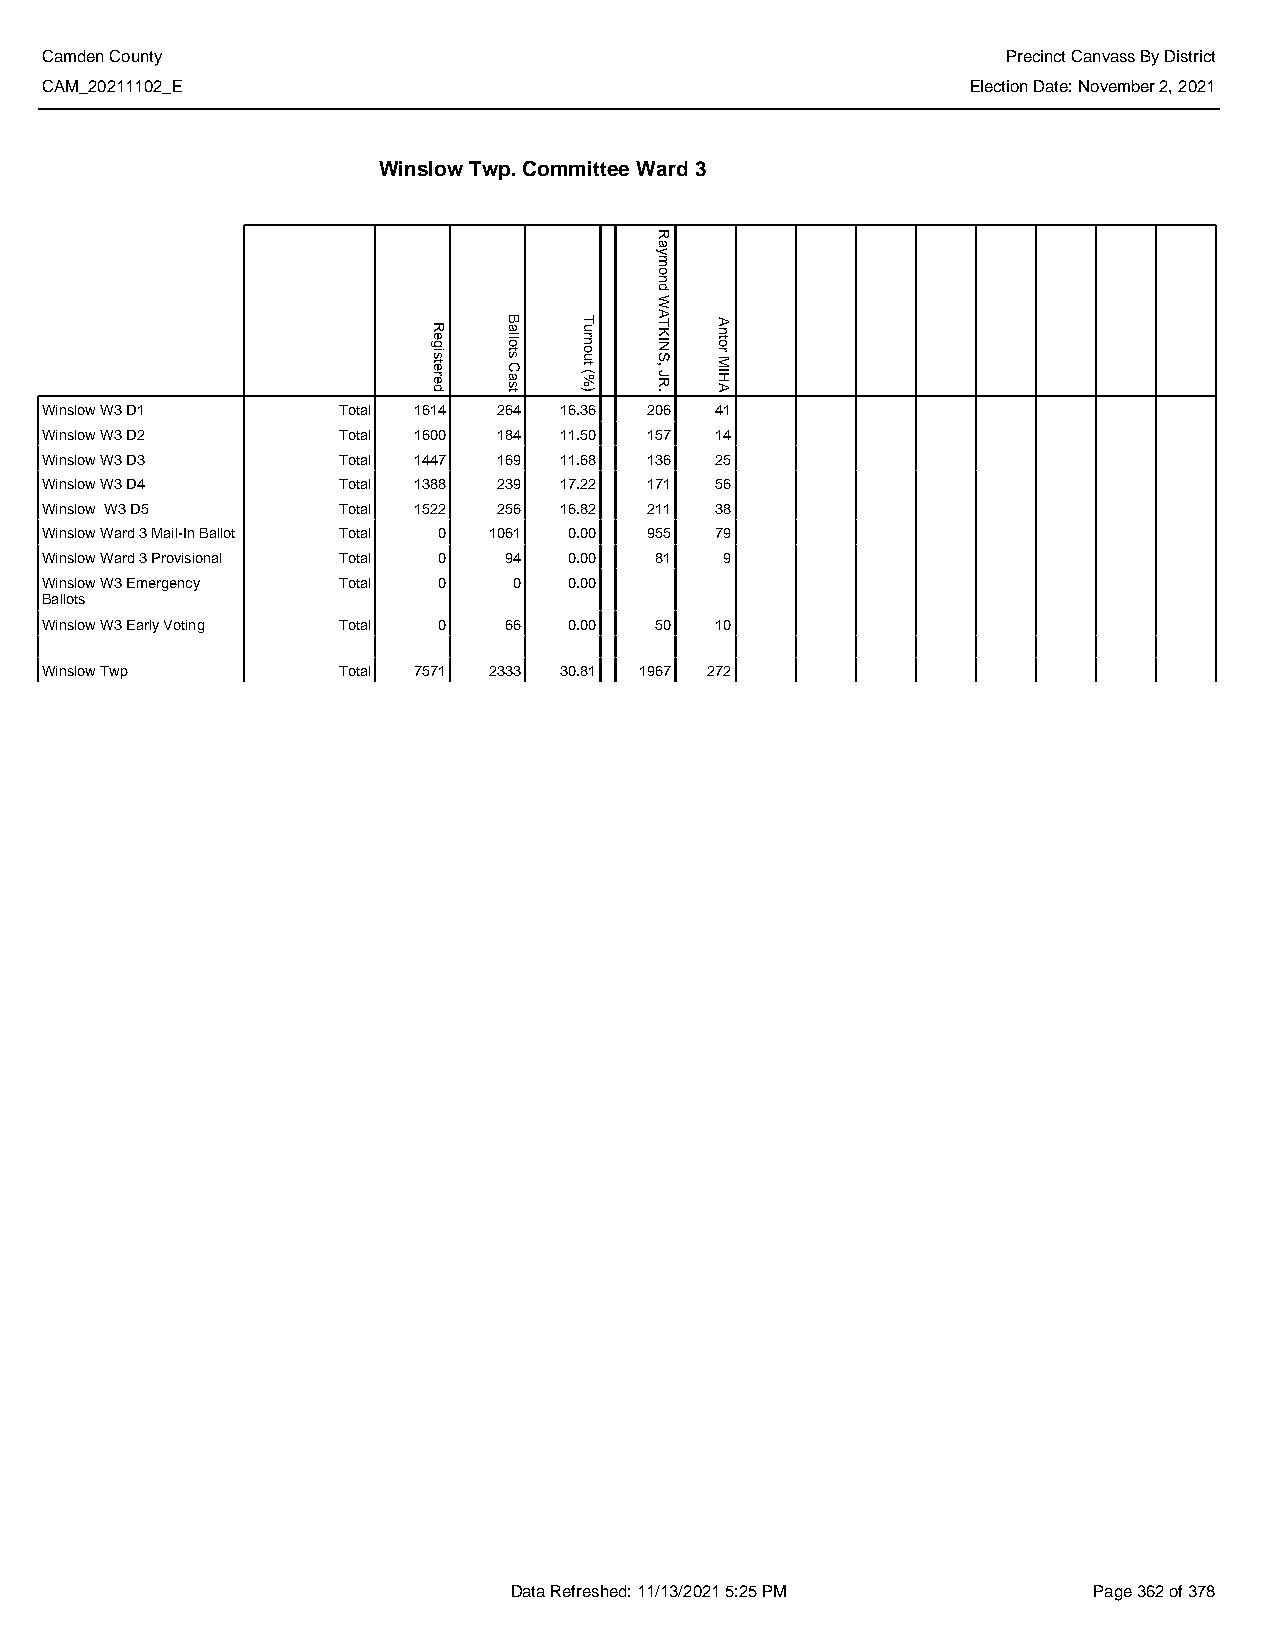
Camden County                                                   Precinct Canvass By District
 CAM_20211102_E                                               Election Date: November 2, 2021
 Winslow Twp. Committee Ward 3
 Winslow W3 D1      Total 1614 264 16.36 206 41
 Winslow W3 D2      Total 1600 184 11.50 157 14
 Winslow W3 D3      Total 1447 169 11.68 136 25
 Winslow W3 D4      Total 1388 239 17.22 171 56
 Winslow W3 D5      Total 1522 256 16.82 211 38
 Winslow Ward 3 Mail-In Ballot Total 0 1061 0.00 955 79
 Winslow Ward 3 Provisional Total 0 94 0.00 81 9
 Winslow W3 Emergency Total 0   0   0.00
 Ballots
 Winslow W3 Early Voting Total 0 66 0.00 50  10
 Winslow Twp        Total 7571 2333 30.81 1967 272
 Data Refreshed: 11/13/2021 5:25 PM    Page 362 of 378
 Registered Ballots
 Cast
 Turnout
 (%)
 Raymond
 WATKINS,
 JR.
 Antor
 MIHA